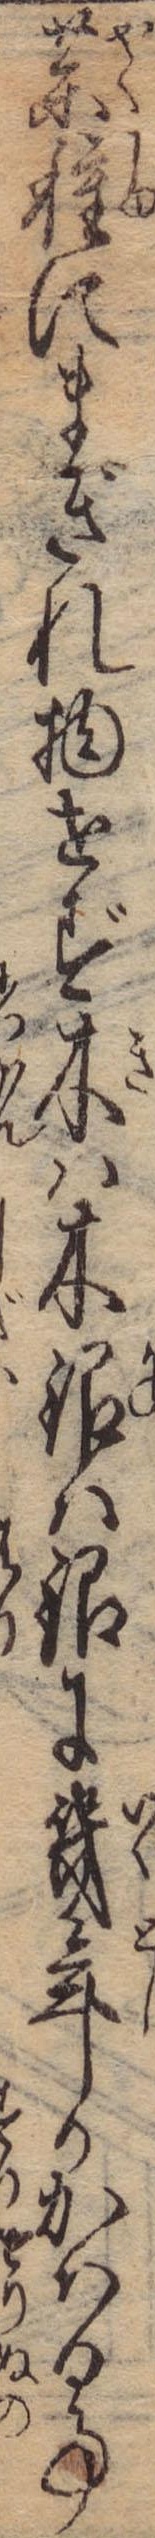
薬種にまぎれ物せず木は木銀は銀に幾年かかはる事